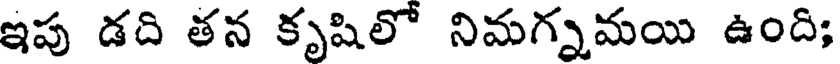
ఇప డది తన కృషిలో నిమగ్నమయి ఉంది;